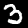
Digit: 3